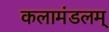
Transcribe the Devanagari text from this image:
कलामंडलम्‌